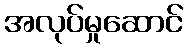
အလုပ်မှုဆောင်